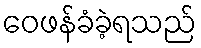
ဝေဖန်ခံခဲ့ရသည်